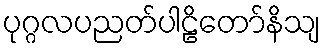
ပုဂ္ဂလပညတ်ပါဠိတော်နိသျ